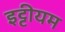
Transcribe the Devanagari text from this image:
इट्टीयम